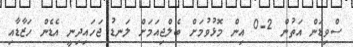
ސްވިޑަން އަތުން 2-0 އިން މޮޅުވުމަށް ބެލްޖިއަމަށް ލަނޑު ޖަހައިދިނީ އެޑެން ހަޒާޑާއި